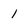
Character: 1